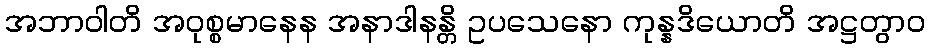
အဘာဝါတိ အဝုစ္စမာနေန အနာဒါနန္တိ ဥပသေနော ကုန္နဒိယောတိ အဋ္ဌတွာဝ